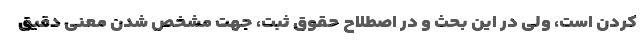
کردن است، ولی در این بحث و در اصطلاح حقوق ثبت، جهت مشخص شدن معنی دقیق